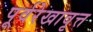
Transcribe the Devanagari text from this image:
पूर्वरेखावृत्त